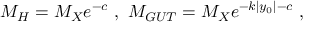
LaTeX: M _ { H } = M _ { X } e ^ { - c } ~ , ~ M _ { G U T } = M _ { X } e ^ { - k | y _ { 0 } | - c } ~ , ~ \,